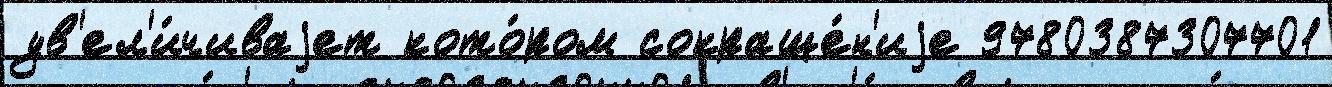
ув'ел'и́чиваjет кото́ром сокраще́н'иjе 9780387307701